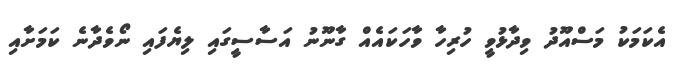
އެކަމަކު މަސްއޫދު ވިދާޅުވީ ހުރިހާ ވާހަކައެއް ގާނޫނު އަސާސީގައި ލިޔެފައި ނޯވެދާނެ ކަމަށާއި